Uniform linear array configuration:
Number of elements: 8
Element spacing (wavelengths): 0.5
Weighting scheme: uniform
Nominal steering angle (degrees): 60
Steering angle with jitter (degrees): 59.609
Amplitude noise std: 0.05
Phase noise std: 0.05

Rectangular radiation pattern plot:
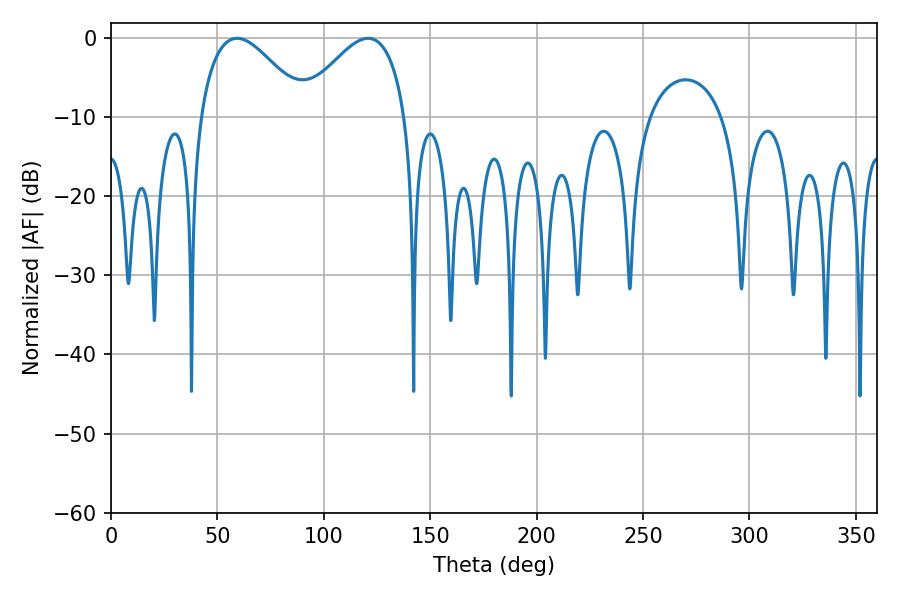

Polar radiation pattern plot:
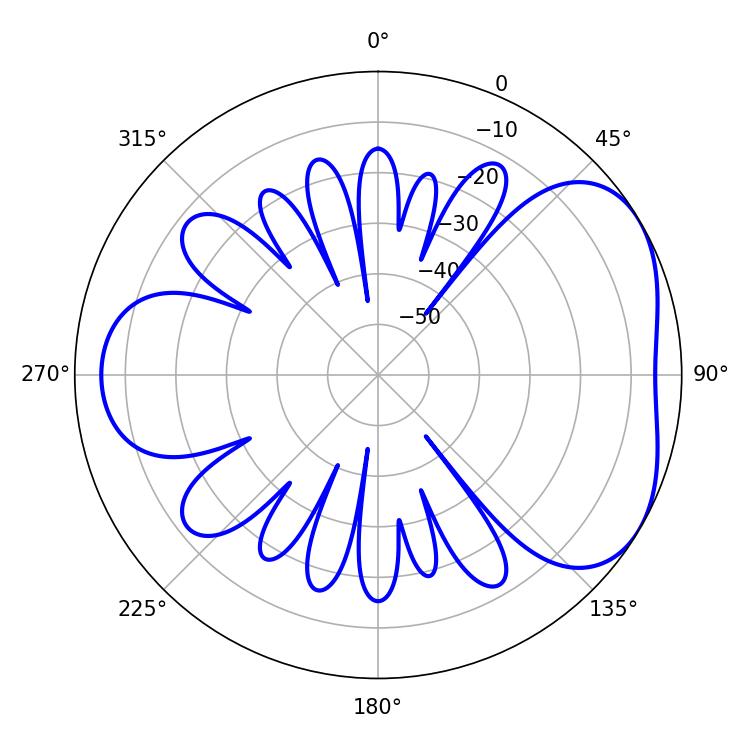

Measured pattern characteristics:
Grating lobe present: FALSE
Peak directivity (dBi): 4.369
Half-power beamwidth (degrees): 27
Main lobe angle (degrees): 59.22